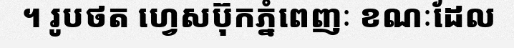
។ រូបថត ហ្វេសប៊ុកភ្នំពេញៈ ខណៈដែល